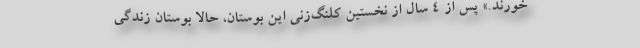
خورند.» پس از 4 سال از نخستين كلنگ‌زني اين بوستان، حالا بوستان زندگي